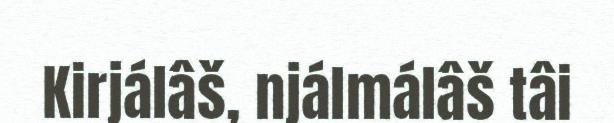
Kirjálâš, njálmálâš tâi